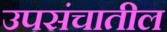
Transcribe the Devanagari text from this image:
उपसंचातील